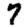
Digit: 7